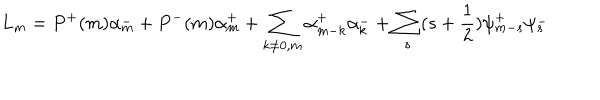
LaTeX: L _ { m } = P ^ { + } ( m ) \alpha _ { m } ^ { - } + P ^ { - } ( m ) \alpha _ { m } ^ { + } + \sum _ { k \ne 0 , m } \alpha _ { m - k } ^ { + } \alpha _ { k } ^ { - } + \sum _ { s } ( s + \frac { 1 } { 2 } ) \psi _ { m - s } ^ { + } \psi _ { s } ^ { - }